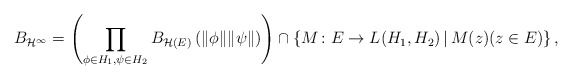
\begin{align*}B_{\mathcal{H}^{\infty}}=\left(\prod_{\phi\in H_{1},\psi\in H_{2}}B_{\mathcal{H}(E)}\left(\|\phi\|\|\psi\|\right)\right)\cap\left\{ M\colon E\to L(H_{1},H_{2})\,|\, M(z)(z\in E)\right\} ,\end{align*}